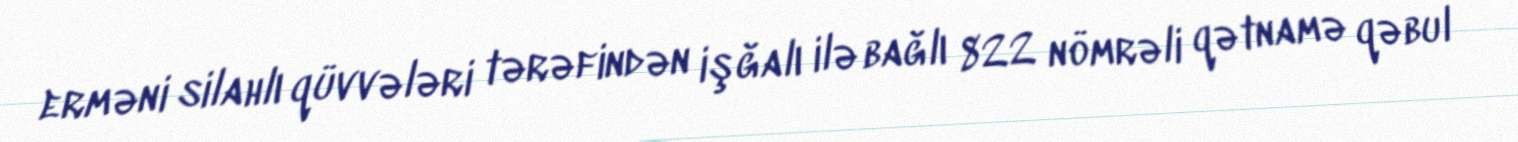
erməni silahlı qüvvələri tərəfindən işğalı ilə bağlı 822 nömrəli qətnamə qəbul